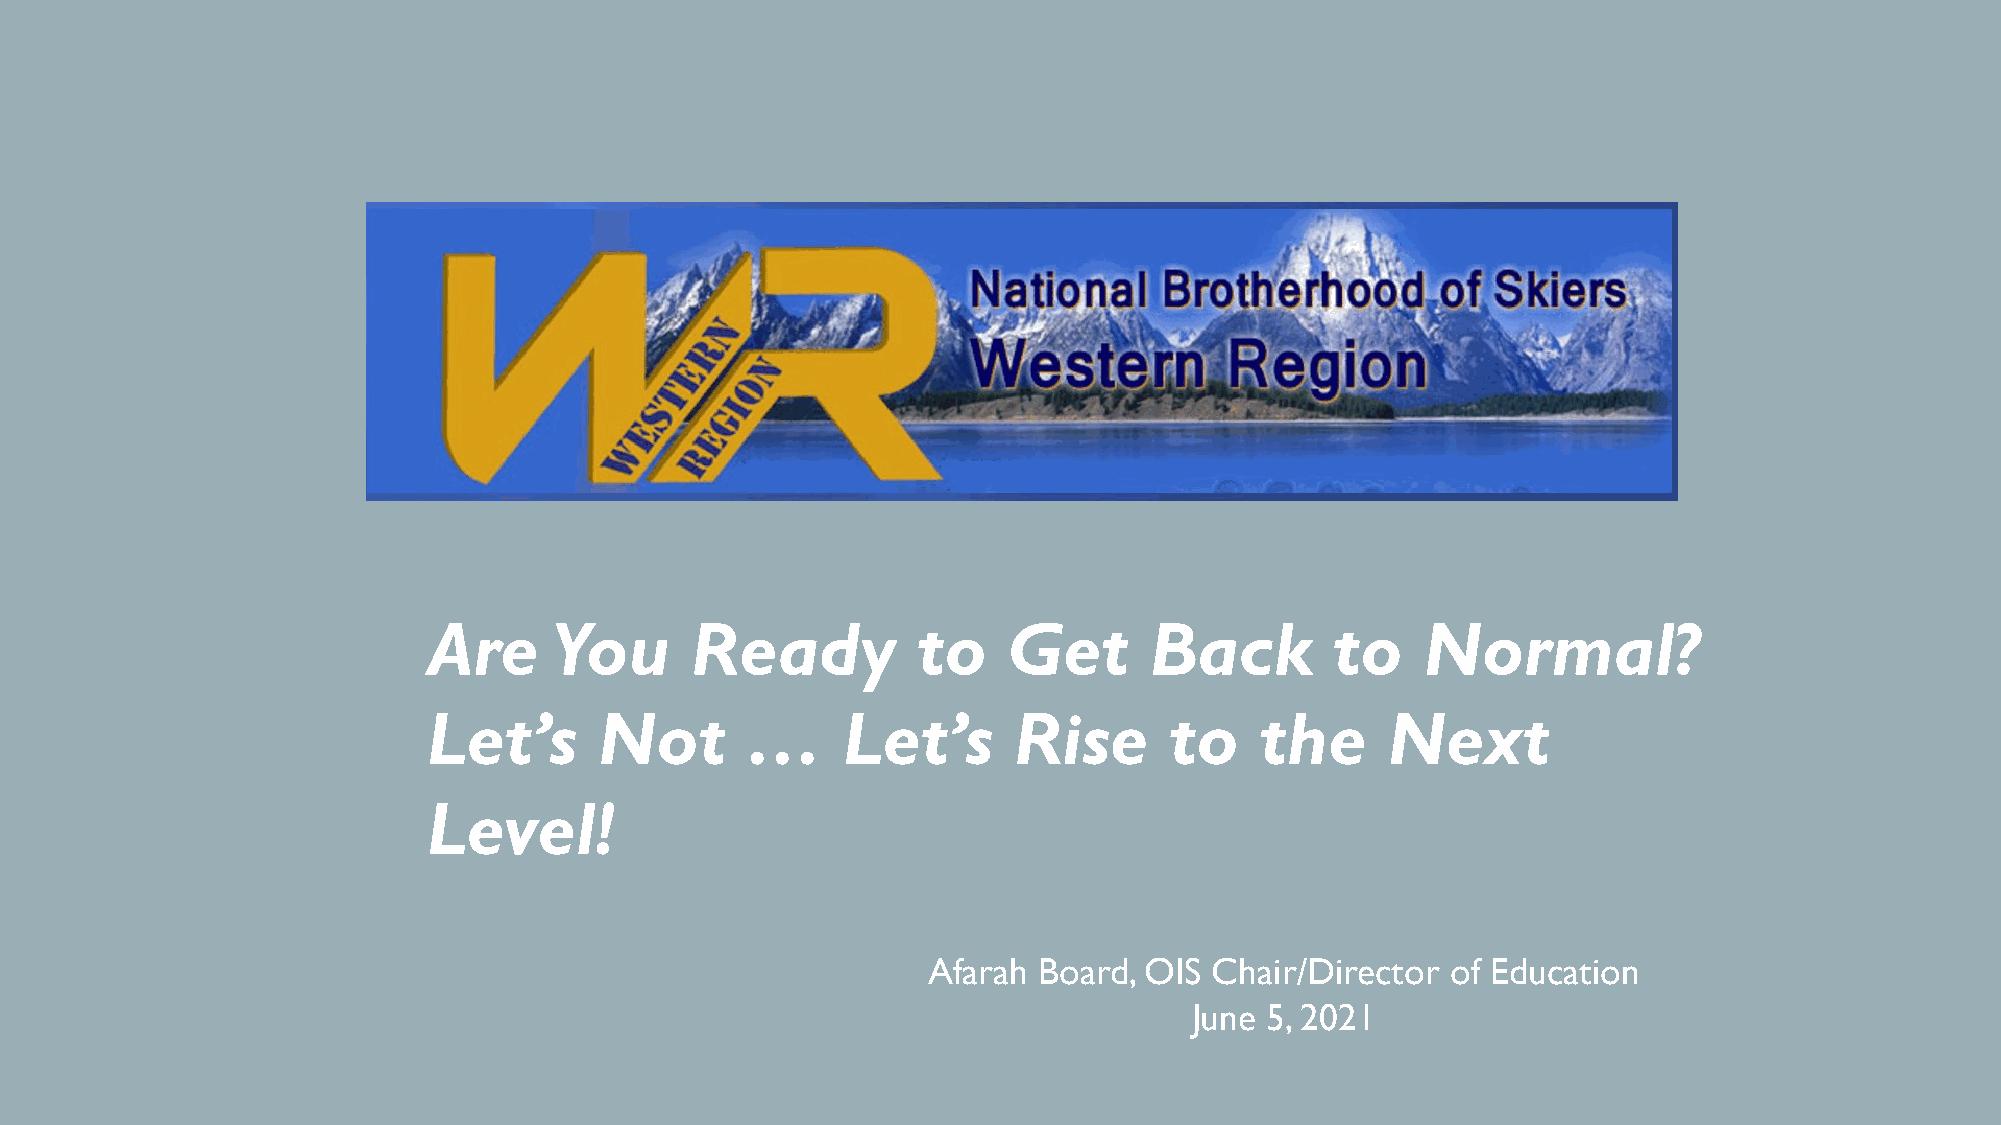
Are     You       Ready          to    Get      Back        to    Normal?
 Let’s       Not      …      Let’s      Rise      to    the      Next
 Level!
 Afarah  Board, OIS Chair/Director  of Education
 June 5, 2021